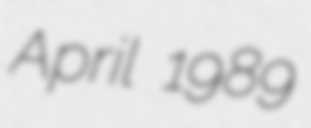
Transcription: April 1989